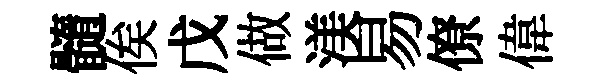
髓俟戊做渼易僚偉